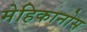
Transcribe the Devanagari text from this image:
मेहिकानोस